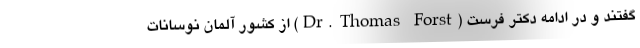
گفتند و در ادامه دکتر فرست (Dr. Thomas Forst) از کشور آلمان نوسانات